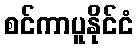
စင်ကာပူနိုင်ငံ